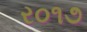
ર૦૧૭